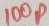
Text: 100p